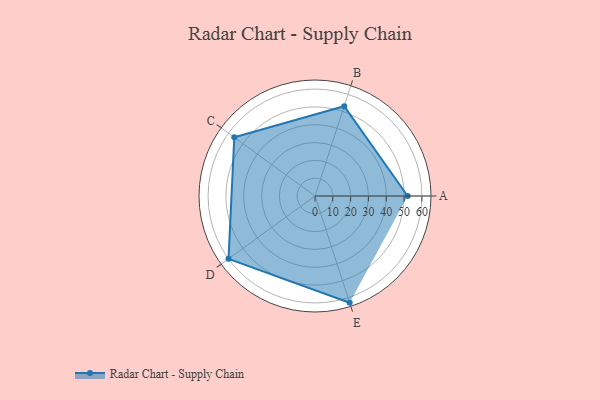
{"axis": {"x": "Skill", "y": "Score"}, "legend": ["Profile"], "data": [{"x": "A", "y": 52.0, "type": "Profile"}, {"x": "B", "y": 53.0, "type": "Profile"}, {"x": "C", "y": 56.0, "type": "Profile"}, {"x": "D", "y": 60.0, "type": "Profile"}, {"x": "E", "y": 63.0, "type": "Profile"}]}